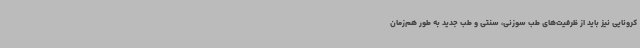
کرونایی نیز باید از ظرفیت‌های طب سوزنی، سنتی و طب جدید به طور هم‌زمان